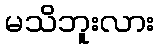
မသိဘူးလား